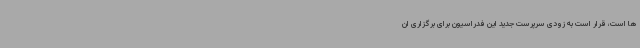
ها است، قرار است به زودی سرپرست جدید این فدراسیون برای برگزاری ان